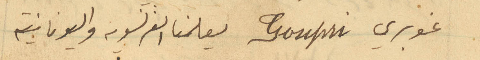
غوبري Goupri يعلمنا الفرنسويه واليونانية